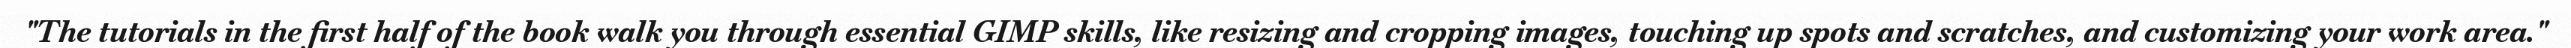
"The tutorials in the first half of the book walk you through essential GIMP skills, like resizing and cropping images, touching up spots and scratches, and customizing your work area."